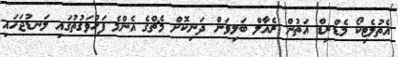
އެތުލެޓިކޯ މެޑްރިޑް އަތުން ރެއާލް ބަލިވަން ދަނިކޮށް މެޗްގެ އެންމެ ފަހުވަގުތުގައި ލަނޑުޖަހައި